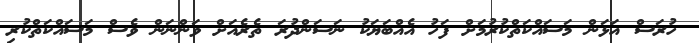
ހުރަސް އަޅަން މަސައްކަތްކުރުމަށް ފަހު އެއްބަޔަކު ނަސަންދުރަ ތެރެއަށް ވަންނަން ވެސް މަސައްކަތްކުރި